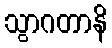
သွာဂတာနိ